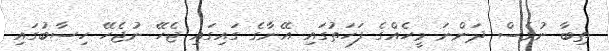
ތިބާ ނުވެސް ދަންނަ މީހެއްގެ ފަހަތުގައި އޭނާގެ ގައިގައި ޖެހޭ ނުޖެހޭ ހިސާބުގައި